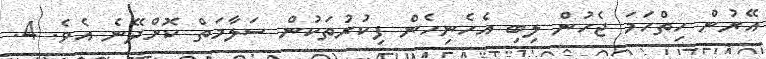
އޭރުން ހިތްހަމަ ޖެހުން ލިބި އެހެނިހެން ފިކުރުތަކުން ސަލާމަތް ކޮށްދޭނެ އެވެ. 4.